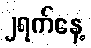
၂ရက်နေ့